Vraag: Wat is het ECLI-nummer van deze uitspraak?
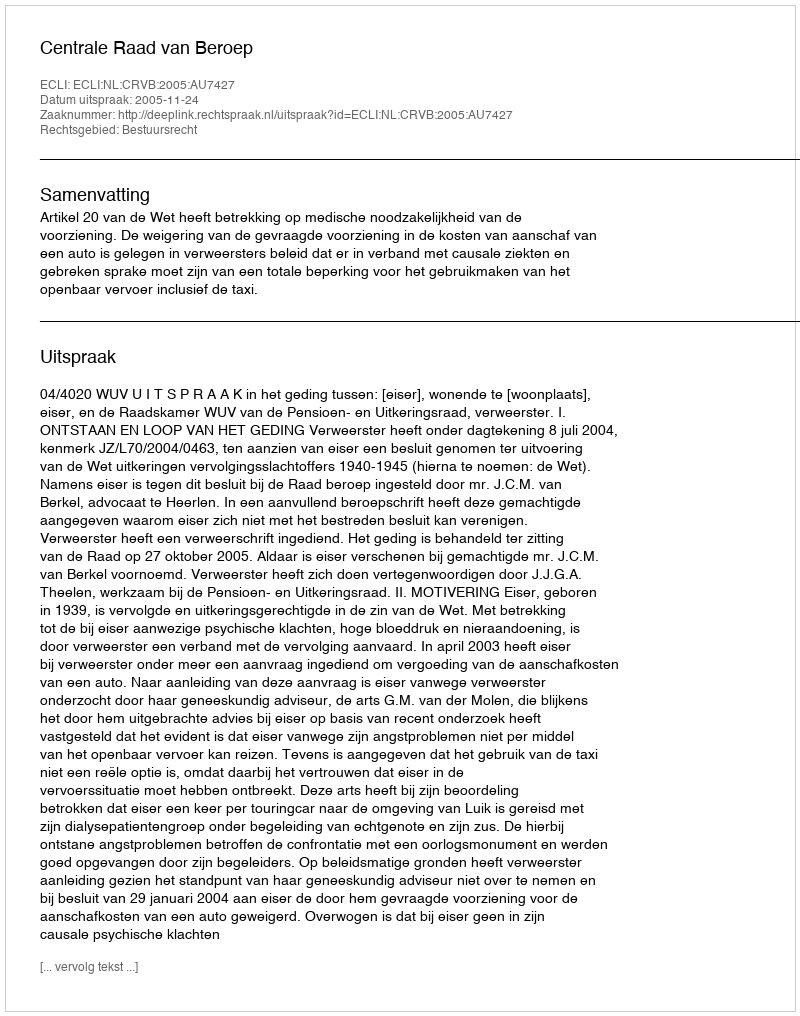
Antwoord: ECLI:NL:CRVB:2005:AU7427